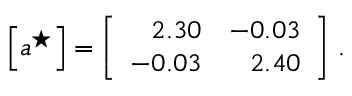
\left[ \boldsymbol { a } ^ { \star } \right] = \left[ \begin{array} { r r } { 2 . 3 0 } & { - 0 . 0 3 } \\ { - 0 . 0 3 } & { 2 . 4 0 } \end{array} \right] \, .